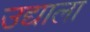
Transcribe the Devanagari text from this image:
उद्याला